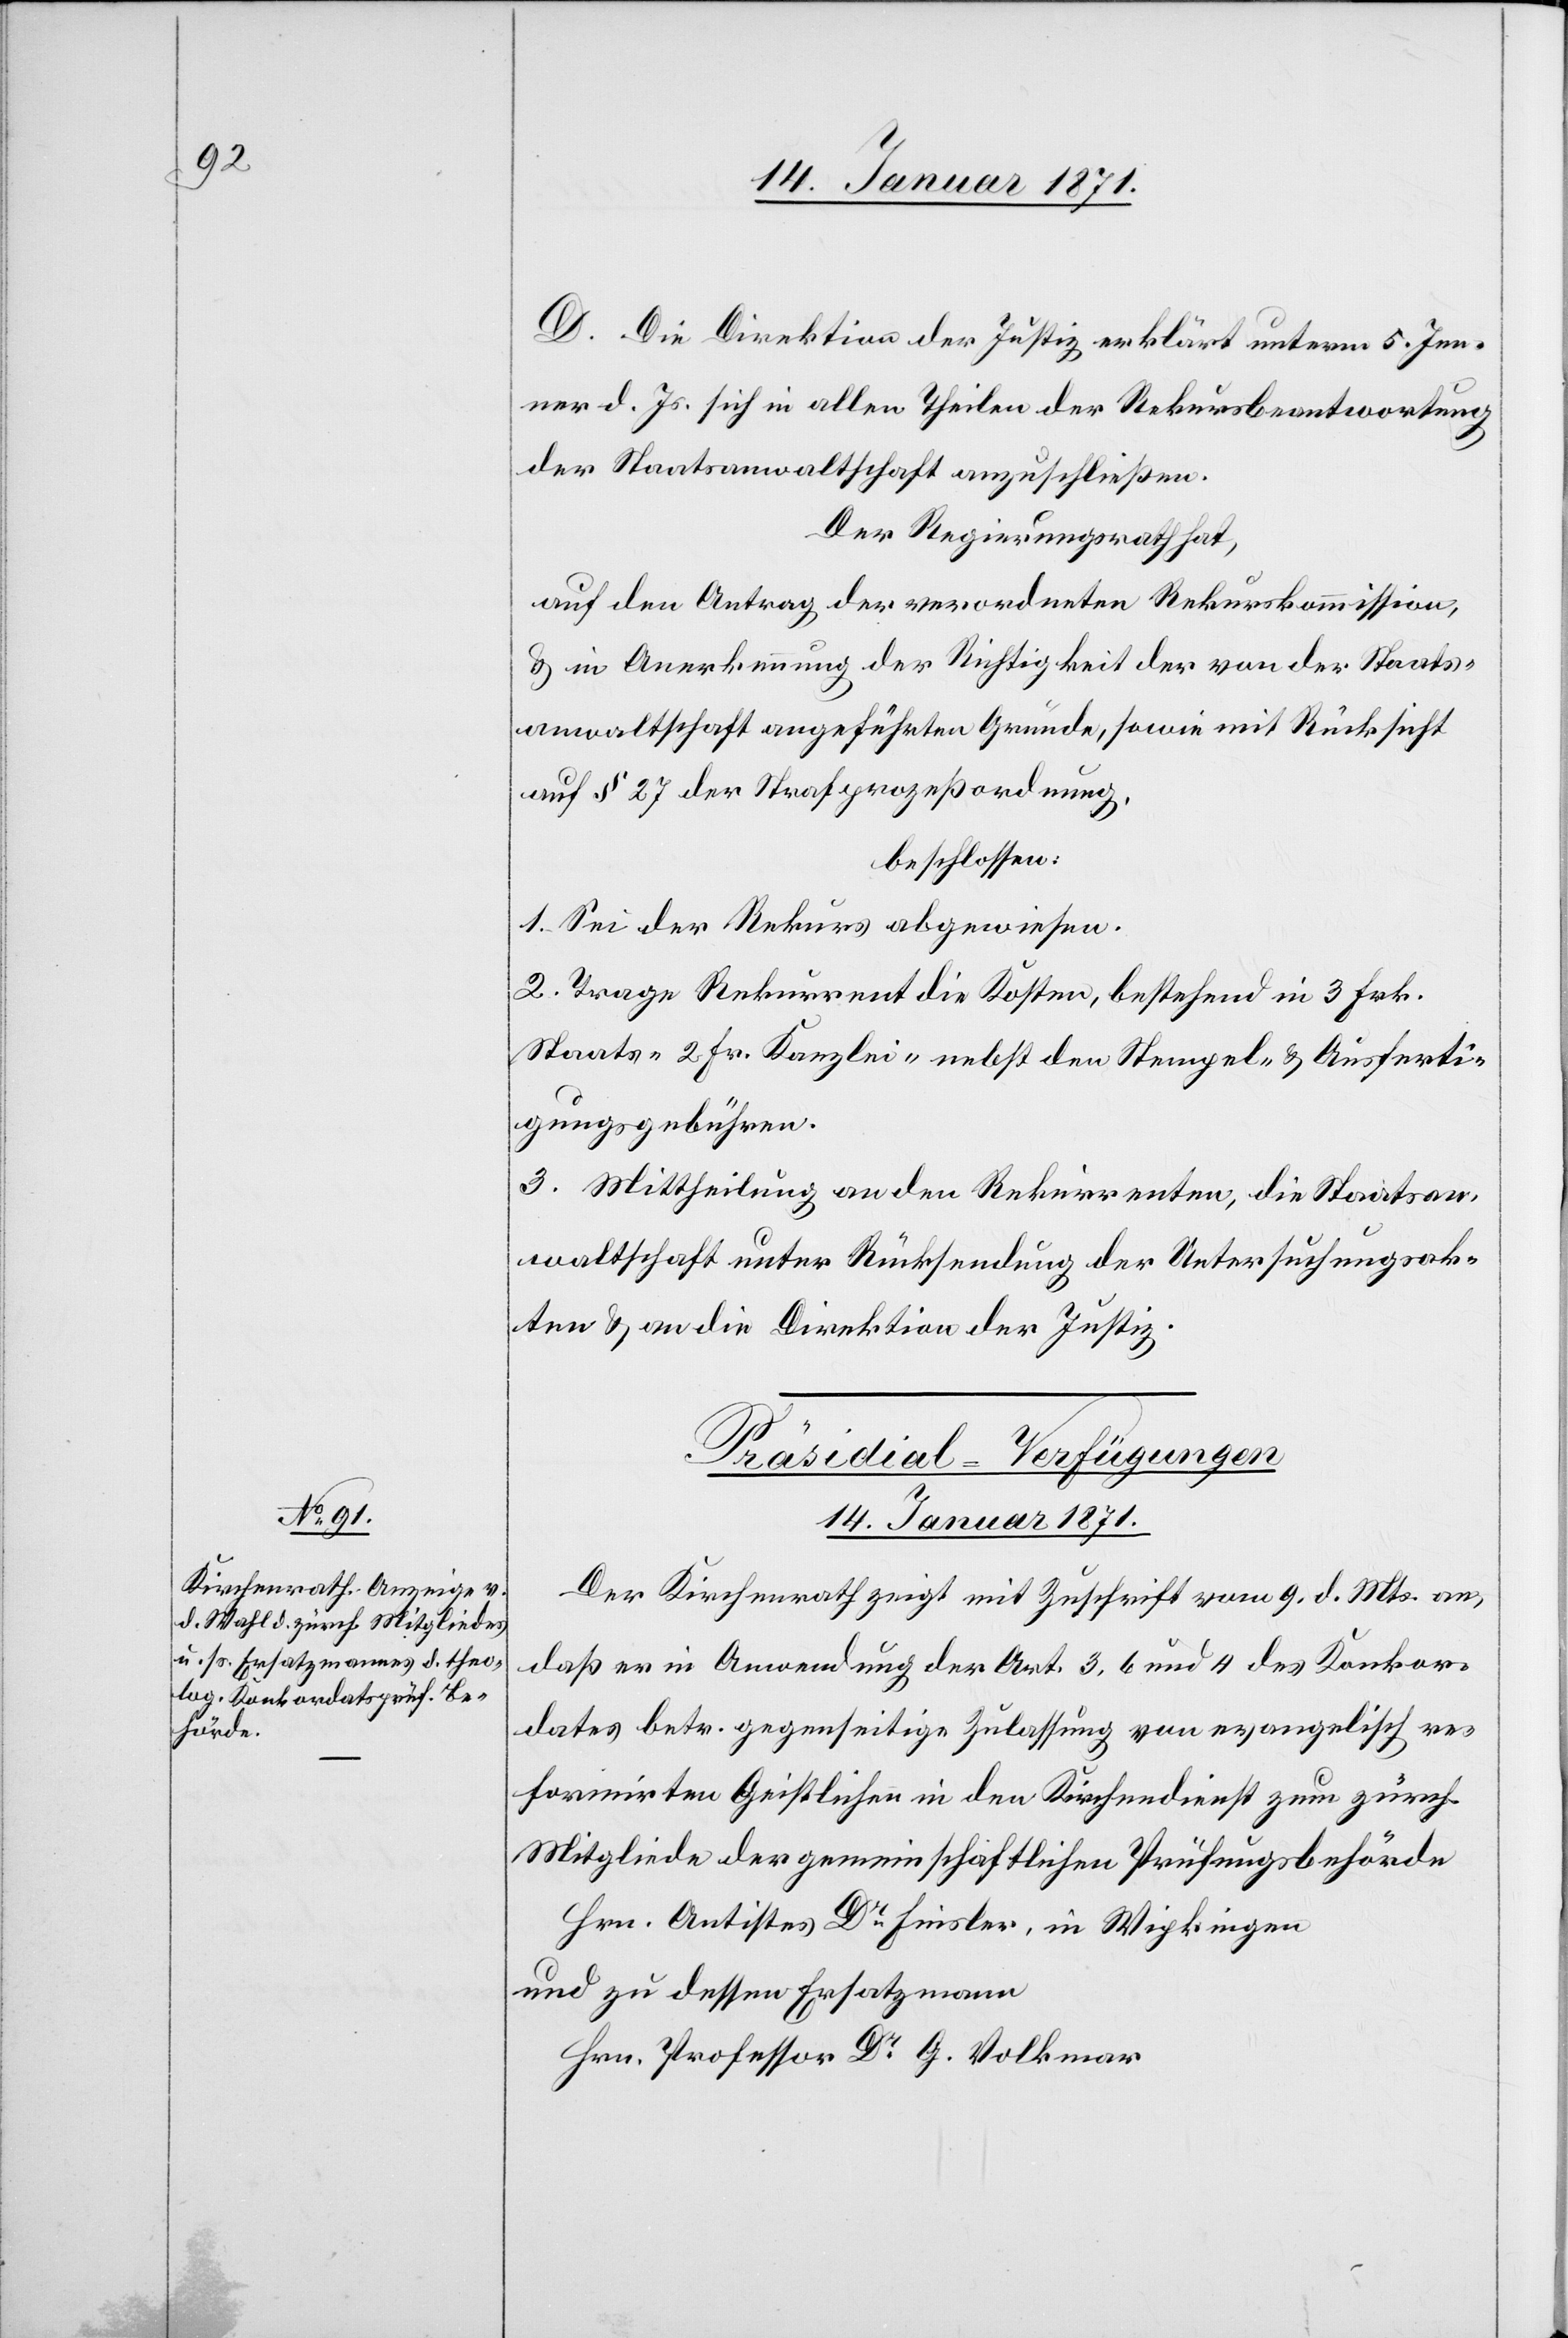
D. Die Direktion der Justiz erklärt unterm 5. Jen¬
ner d. Js. sich in allen Theilen der Rekursbeantwortung
der Staatsanwaltschaft anzuschließen.
Der Regierungsrath hat,
auf den Antrag der verordneten Rekurskommission,
u. in Anerkennung der Richtigkeit der von der Staats¬
anwaltschaft angeführten Gründe, sowie mit Rücksicht
auf § 27 der Strafprozeßordnung.
beschlossen:
1. Sei der Rekurs abgewiesen.
2. Trage Rekurrent die Kosten, bestehend in 3 Frk.
Staats- 2. Fr. Kanzlei- nebst den Stempel- u. Ausferti¬
gungsgebühren.
3. Mittheilung an den Rekurrenten, die Staatan¬
waltschaft unter Rücksendung der Untersuchungsak¬
ten u. an die Direktion der Justiz.
Präsidial-Verfügungen
14. Januar 1871.
Der Kirchenrath zeigt mit Zuschrift vom 9. d. Mts. an,
daß er in Anwendung der Art. 3, 6 und [?11] des Konkor¬
dates betr. gegenseitige Zulassung von evangelisch re¬
formirten Geistlichen in den Kirchendienst zum zürch.
Mitgliede der gemeinschaftlichen Prüfungsbehörde
Hrn. Antistes Dr. Finsler, in Wipkingen
und zu dessen Ersatzmann
Hrn. Professor Dr. G. Volkmar